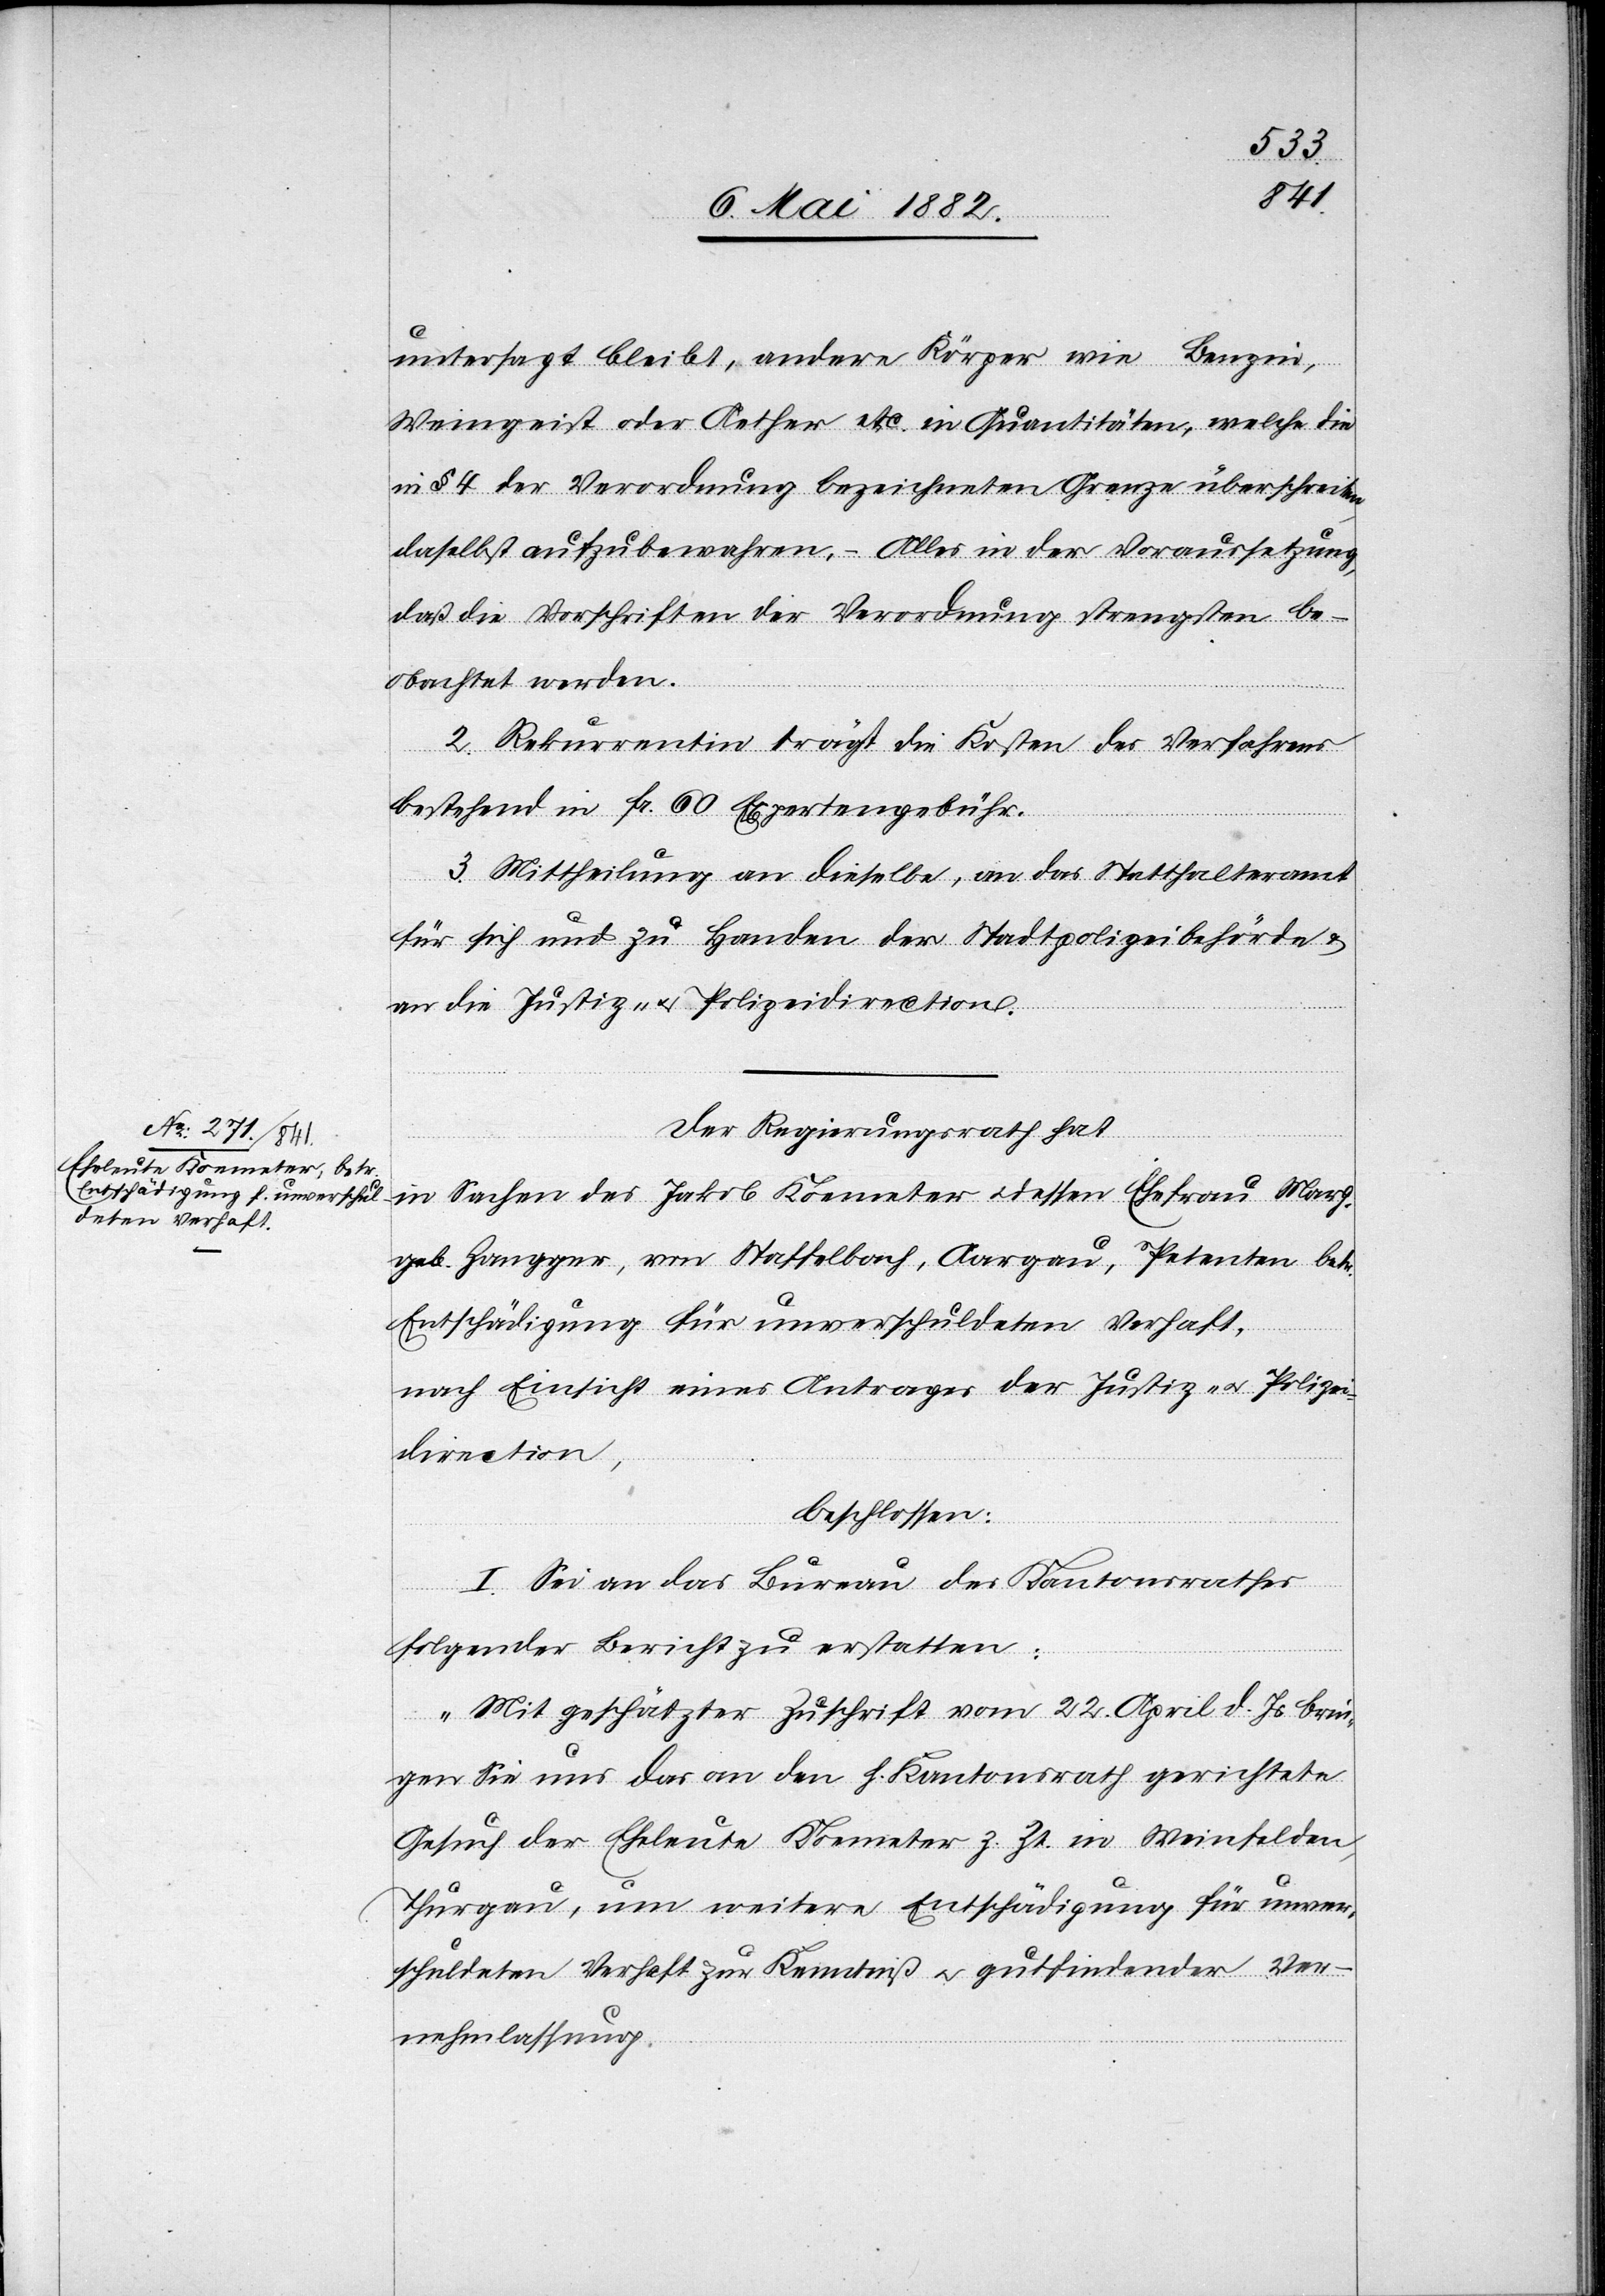
untersagt bleibt, andere Körper wie Benzin,
Weingeist oder Aether etc. in Quantitäten, welche die
in § 4 der Verordnung bezeichneten [sic!] Grenze überschreiten,
daselbst aufzubewahren. – Alles in der Voraussetzung,
daß die Vorschriften der Verordnung strengsten[s] be¬
obachtet werden.
2. Rekurrentin trägt die Kosten des Verfahrens
bestehend in Fr. 60 Expertengebühren.
3. Mittheilung an dieselbe, an das Statthalteramt
für sich und zu Handen der Stadtpolizeibehörde &
an die Justiz- u. Polizeidirection.
Der Regierungsrath hat,
in Sachen des Jakob Koemeter u. dessen Ehefrau Marg.
geb. Zengger, von Staffelbach, Aargau, Petenten betr.
Entschädigung für unverschuldeten Verhaft,
nach Einsicht eines Antrages der Justiz- & Polizei¬
direction,
beschlossen:
I. Sei an das Bureau des Kantonsrathes
folgender Bericht zu erstatten:
„Mit geschätzter Zuschrift vom 22. April d. Js. brin¬
gen Sie uns das an den h. Kantonsrath gerichtete
Gesuch der Eheleute Koemeter z. Zt. in Weinfelden,
Thurgau, um weitere Entschädigung für unver¬
schuldeten Verhaft zur Kenntniß u. gutfindender Ver¬
nehmlassung.